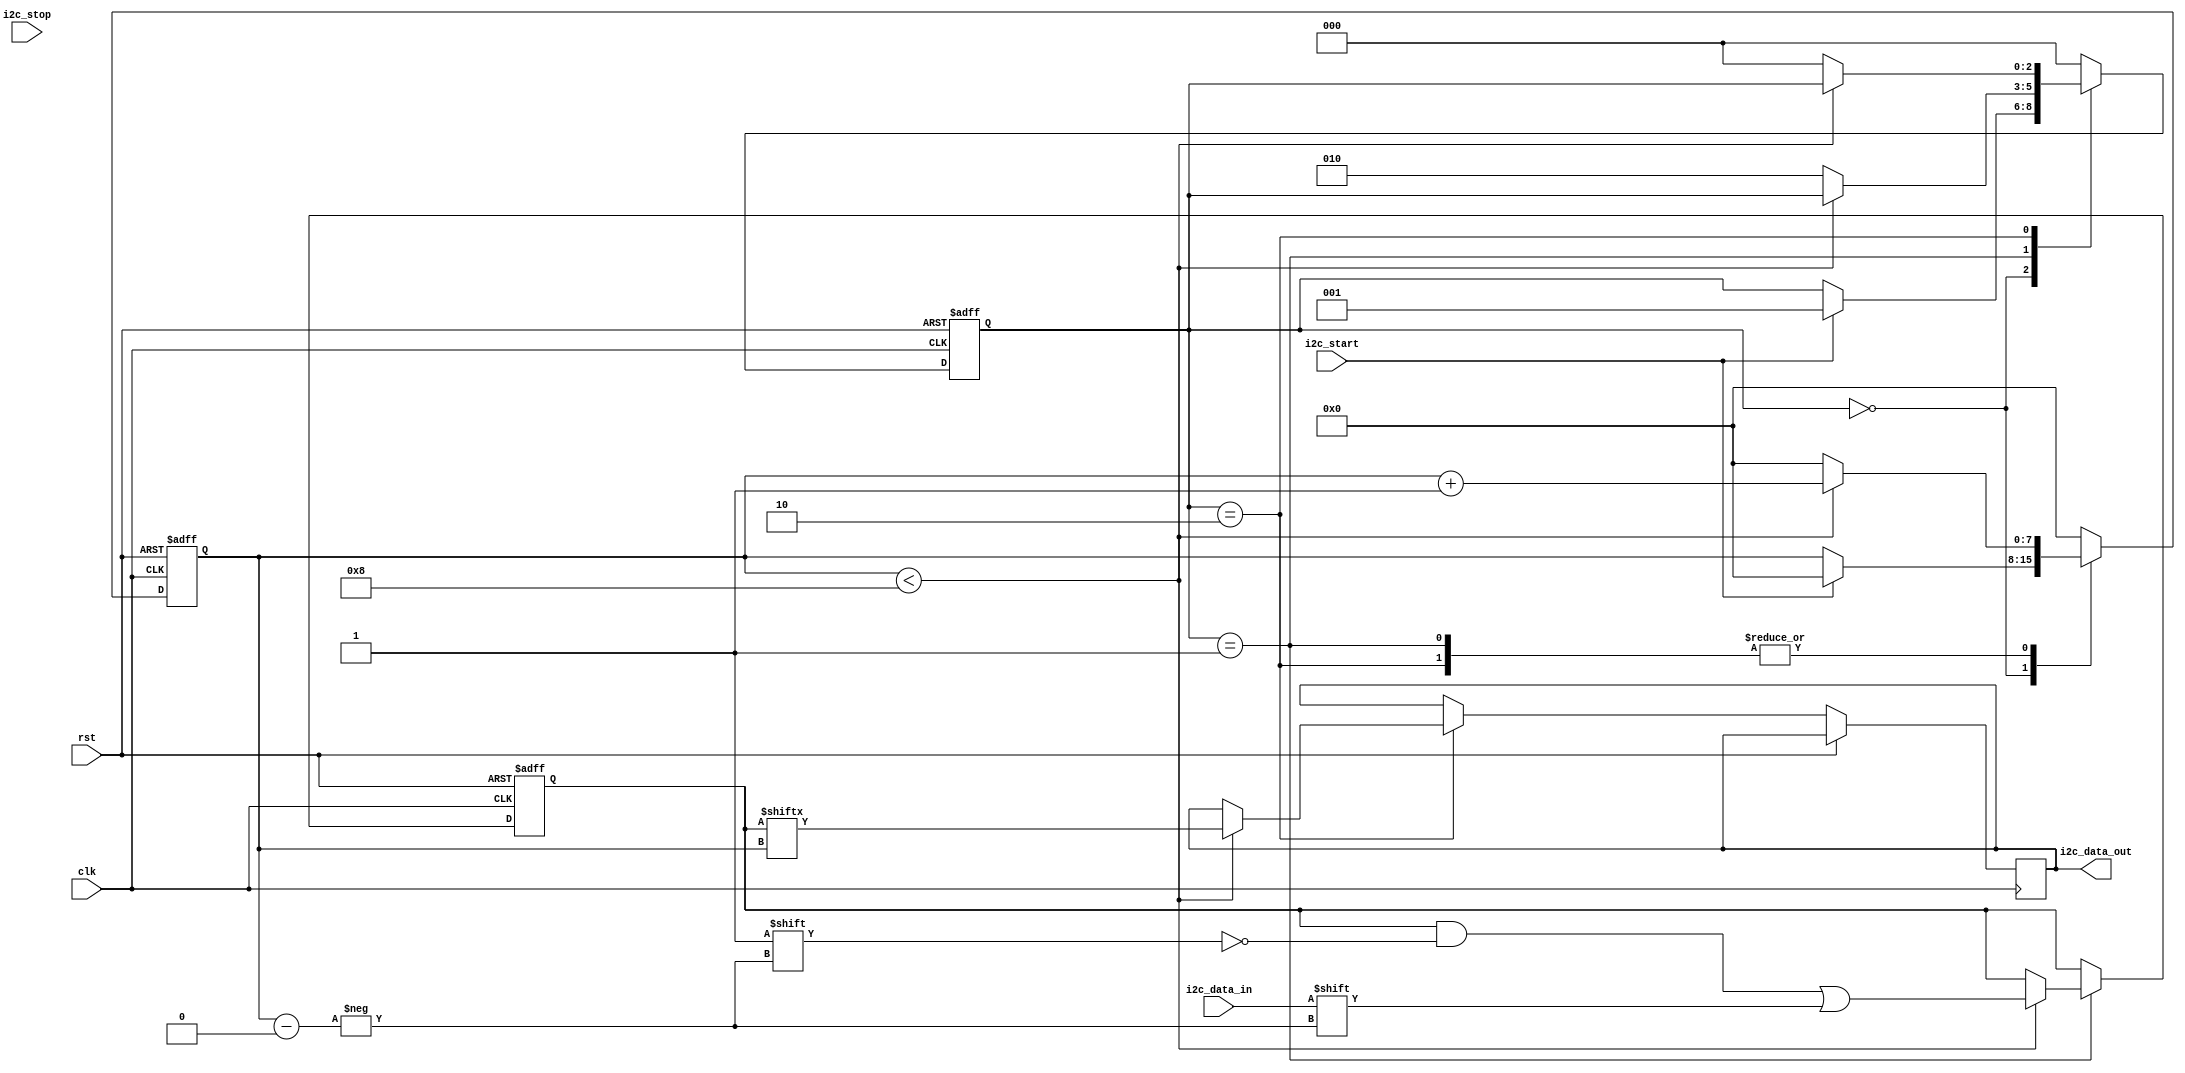
module i2c_controller (
    input wire clk,
    input wire rst,
    input wire i2c_start,
    input wire i2c_stop,
    input wire i2c_data_in,
    output reg i2c_data_out
);

reg [2:0] state;
reg [7:0] i2c_data_reg;
reg [7:0] count;

always @(posedge clk or posedge rst) begin
    if (rst) begin
        state <= 3'b000;
        i2c_data_reg <= 8'b0;
        count <= 8'b0;
    end else begin
        case (state)
            3'b000: begin // idle state
                if (i2c_start) begin
                    state <= 3'b001;
                    count <= 8'b0;
                end
            end
            3'b001: begin // data transmission state
                if (count < 8) begin
                    i2c_data_reg[count] <= i2c_data_in;
                    count <= count + 1;
                end else begin
                    state <= 3'b010;
                    count <= 8'b0;
                end
            end
            3'b010: begin // data reception state
                if (count < 8) begin
                    i2c_data_out <= i2c_data_reg[count];
                    count <= count + 1;
                end else begin
                    state <= 3'b000;
                    count <= 8'b0;
                end
            end
            default: begin
                state <= 3'b000;
                count <= 8'b0;
            end
        endcase
    end
end

endmodule